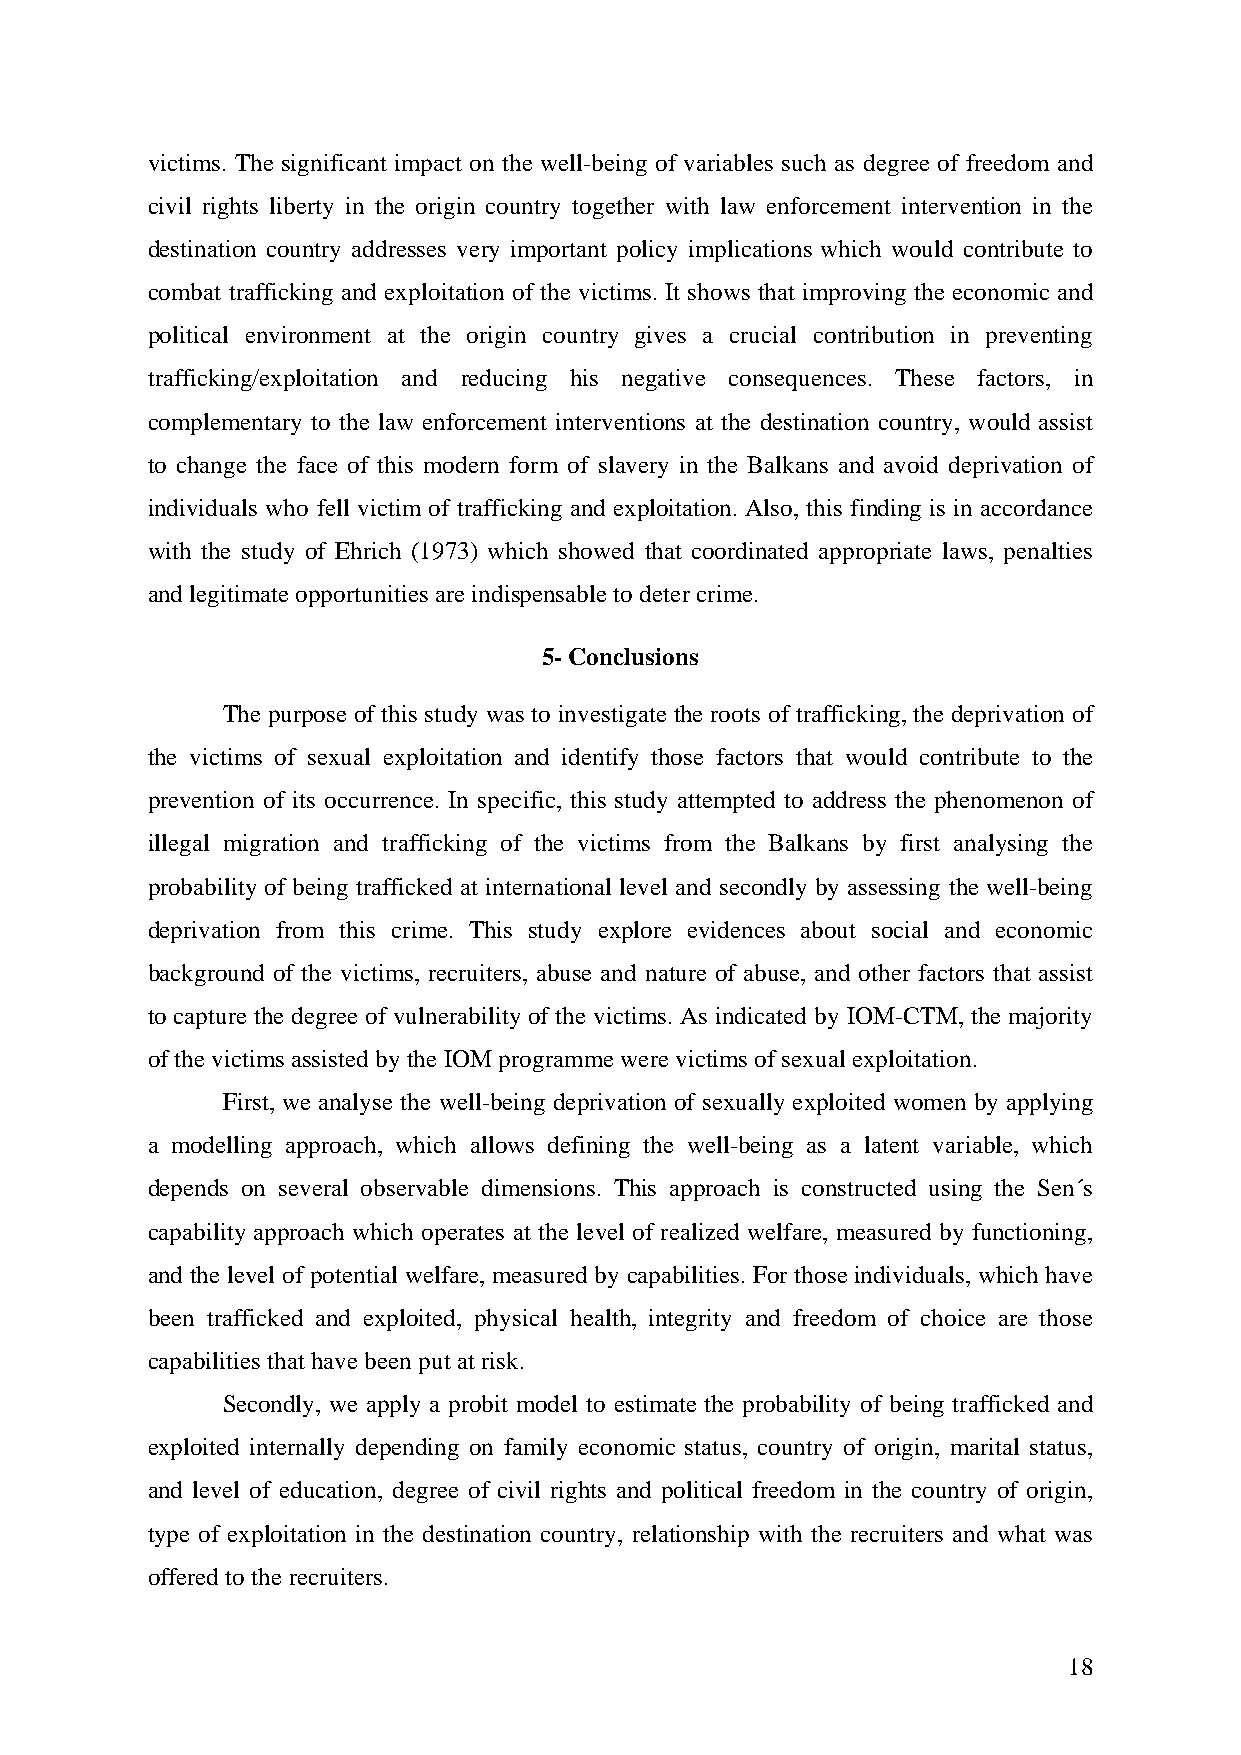
victims. The significant impact on the well-being of variables such as degree of freedom and
 civil rights liberty in the origin country together with law enforcement intervention in the
 destination country addresses very important policy implications which would contribute to
 combat trafficking and exploitation of the victims. It shows that improving the economic and
 political environment at the origin country gives a crucial contribution in preventing
 trafficking/exploitation and reducing his negative consequences. These factors, in
 complementary to the law enforcement interventions at the destination country, would assist
 to change the face of this modern form of slavery in the Balkans and avoid deprivation of
 individuals who fell victim of trafficking and exploitation. Also, this finding is in accordance
 with the study of Ehrich (1973) which showed that coordinated appropriate laws, penalties
 and legitimate opportunities are indispensable to deter crime.
 5- Conclusions
 The purpose of this study was to investigate the roots of trafficking, the deprivation of
 the victims of sexual exploitation and identify those factors that would contribute to the
 prevention of its occurrence. In specific, this study attempted to address the phenomenon of
 illegal migration and trafficking of the victims from the Balkans by first analysing the
 probability of being trafficked at international level and secondly by assessing the well-being
 deprivation from this crime. This study explore evidences about social and economic
 background of the victims, recruiters, abuse and nature of abuse, and other factors that assist
 to capture the degree of vulnerability of the victims. As indicated by IOM-CTM, the majority
 of the victims assisted by the IOM programme were victims of sexual exploitation.
 First, we analyse the well-being deprivation of sexually exploited women by applying
 a modelling approach, which allows defining the well-being as a latent variable, which
 depends on several observable dimensions. This approach is constructed using the Sen´s
 capability approach which operates at the level of realized welfare, measured by functioning,
 and the level of potential welfare, measured by capabilities. For those individuals, which have
 been trafficked and exploited, physical health, integrity and freedom of choice are those
 capabilities that have been put at risk.
 Secondly, we apply a probit model to estimate the probability of being trafficked and
 exploited internally depending on family economic status, country of origin, marital status,
 and level of education, degree of civil rights and political freedom in the country of origin,
 type of exploitation in the destination country, relationship with the recruiters and what was
 offered to the recruiters.
 18